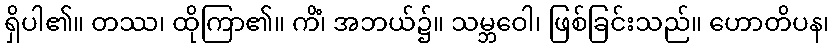
ရှိပါ၏။ တဿ၊ ထိုကြာ၏။ ကိံ၊ အဘယ်၌။ သမ္ဘဝေါ၊ ဖြစ်ခြင်းသည်။ ဟောတိပန၊